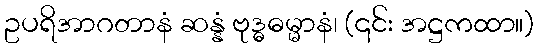
ဥပရိအာဂတာနံ ဆန္နံ ဗုဒ္ဓဓမ္မာနံ၊ (၎င်း အဋ္ဌကထာ။)